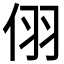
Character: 𪜹